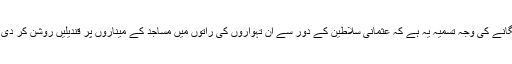
قندیل لفظ لگانے کی وجہ تسمیہ یہ ہے کہ عثمانی سلاطین کے دور سے ان تہواروں کی راتوں میں مساجد کے میناروں پر قندیلیں روشن کر دی جاتی تھیں۔